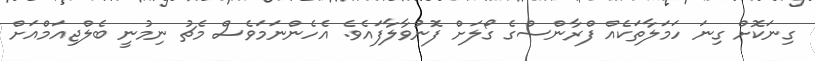
ގިނަކޮށް ގިނަ ހަމަލާތަކެއް ފްރާންސްގެ ގޯލަށް ފޮނުވާލާފައެވެ. އެހެންނަމަވެސް މެޗު ނިމުނީ ބެލްޖިއަމްއަށް